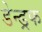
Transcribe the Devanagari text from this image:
डेन्ड्रफ